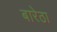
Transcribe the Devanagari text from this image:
बारेठा